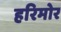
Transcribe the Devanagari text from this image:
हरिमोर